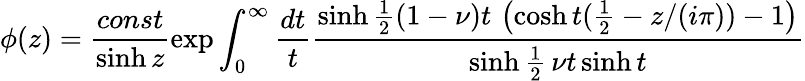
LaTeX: \phi(z)=\frac{const}{\sinh z}\exp\int_{0}^{\infty}\frac{dt}{t}\frac{\sinh\frac{1}{2}(1-\nu)t\, \left(\cosh t(\frac{1}{2}-z/(i\pi))-1\right)}{\sinh\frac{1}{2}\, \nu t\sinh t}